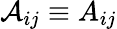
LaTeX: \mathcal{A}_{ij}\equiv A_{ij}